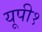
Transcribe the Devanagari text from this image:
यूपी१